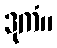
ဒုကံ။